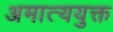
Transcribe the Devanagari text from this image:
अमात्ययुक्त